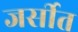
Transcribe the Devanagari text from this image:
जर्सीत